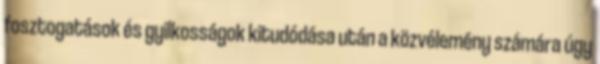
fosztogatások és gyilkosságok kitudódása után a közvélemény számára úgy